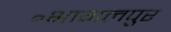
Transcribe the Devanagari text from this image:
॰भागलपुर